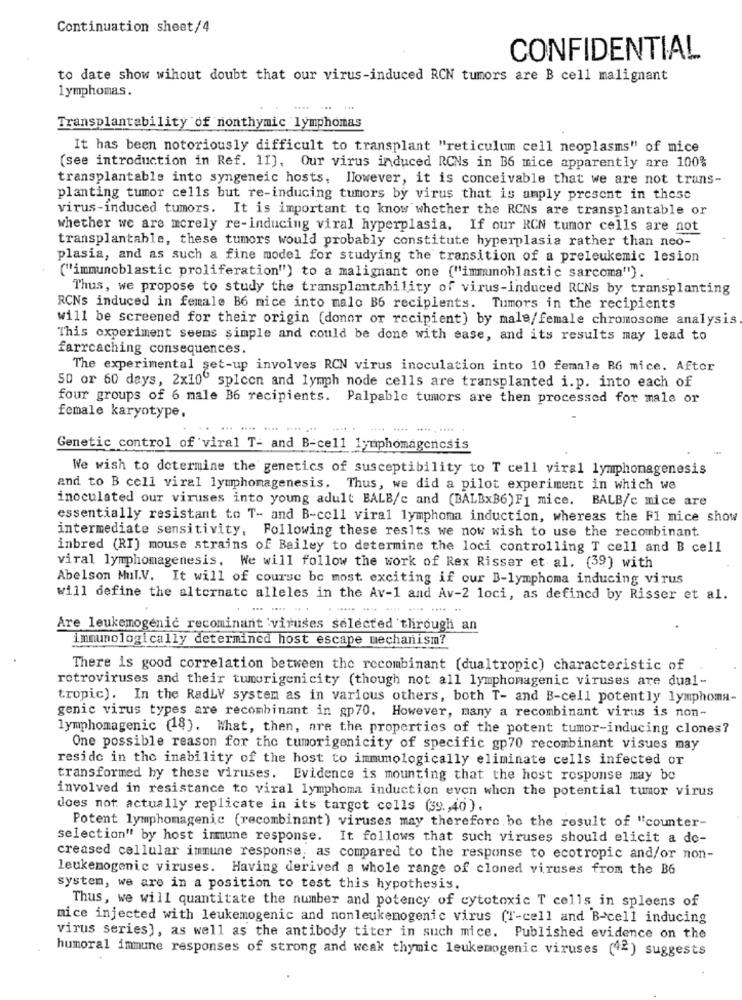
Continuation sheet/4
CONFIDENTIAL
to date show wihout doubt that our virus-induced RCN tumors are B cell malignant
lymphomas.
Transplantability of nonthymic lymphomas
It has been notoriously difficult to transplant "reticulum cell neoplasms" of mice
(see introduction in Ref. 11). Our virus induced RCNs in B6 mice apparently are 100%
transplantable into syngeneic hosts, However, it is conceivable that we are not trans-
planting tumor cells but re-inducing tumors by virus that is anply present in these
virus-induced tumors. It is important to know whether the RCNs are transplantable or
whether we are morely re-inducing viral hyperplasia. If our RCN tumor cells are not
transplantable, these tumors would probably constitute hyperplasia rather than neo-
plasia, and as such a fine model for studying the transition of a preleukemic lesion
("immunoblastic proliferation") to a malignant one ("immumohlastic sarcoma").
Thus, we propose to study the transplantability of virus-induced RCNs by transplanting
RCNs induced in female B6 nice into malo B6 recipients. Tumors in the recipients
will be screened for their origin (donor or recipient) by male/female chromosome analysis
This experiment seems simple and could be done with sase, and its results may lead to
farrcaching consequences.
The experimental set-up involves RCN virus inoculation into 10 female BG mice. Aftor
50 or 60 days, 2x10" spleen and lymph node cells are transplanted i.p. into each of
four groups of 6 male B6 recipients. Palpable tumors are then processed for male or
female karyotype,
Genetic control of viral T- and B-cell lymphomagencsis
We wish to determine the genetics of susceptibility to T cell viral lymphomagenesis
and to B cell viral lymphomagenesis. Thus, we did a pilot experiment in which we
inoculated our viruses into young adult BALB/c and (BALBxB6) F1 mice. BALB/c mice are
essentially resistant to T- and B-cell viral lymphoma induction, whereas the FI nice show
intermediate sensitivity, Following these resits we now wish to use the recombinant.
inbred (RI) mouse strains of Bailey to determine the loci controlling T cell and B cell
viral lymphomagenesis. We will follow the work of Rex Risser et al. (39) with
Abelson Mul.V. It will of course be most exciting if our B-lymphoma inducing virus
will define the alternate alleles in the Av-1 and Av-2 loci, as defined by Risser et al.
Are leukemogenic recominant viruses selected through an
immunologically determined host escape mechanism?
There is good correlation between the recombinant (dualtropic) characteristic of
retroviruses and their tumorigenicity (though not all lymphomagenic viruses are dual-
tropic). In the RadLV system as in various others, both T- and B-cell potently lymphoma-
genic virus types are recombinant in gp70. However, many a recombinant virus is non-
lymphomagenic (18). What, then, are the properties of the potent tumor-inducing clones?
One possible reason for the tumorigenicity of specific gp70 recombinant visues may
reside in the inability of the host to immmologically eliminate cells infected or
transformed by these viruses. Evidence is mounting that the host response may be
involved in resistance to viral lymphoma induction even when the potential tumor virus
does not actually replicate in its target cells (39 ., 40).
Potent lymphomagenic (recombinant) viruses may therefore be the result of "counter-
selection" by host immune response. It follows that such viruses should elicit a do-
creased cellular immune response, as compared to the response to ecotropic and/or non-
leukemogenic viruses. Having derived a whole range of cloned viruses from the B6
system, we are in a position to test this hypothesis.
Thus, we will quantitate the number and potency of cytotoxic T cells in spleens of
mice injected with leukemogenic and nonleukenogenic virus (T-cell and B-cell inducing
virus series], as well as the antibody titer in such mice. Published evidence on the
humoral immune responses of strong and weak thymic leukemogenic viruses (42) suggests